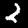
Digit: 2